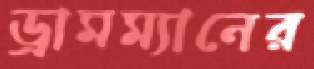
ড্রামম্যানের